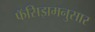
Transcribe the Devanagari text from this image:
फॅसिझमनुसार